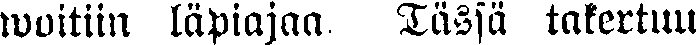
woitiin läpiajaa. Tässä takertuu